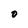
Character: O